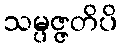
သမ္ပဇ္ဇတိပိ